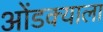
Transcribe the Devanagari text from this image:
ओंडक्याला